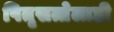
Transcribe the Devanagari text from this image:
पितृसत्तेलाही